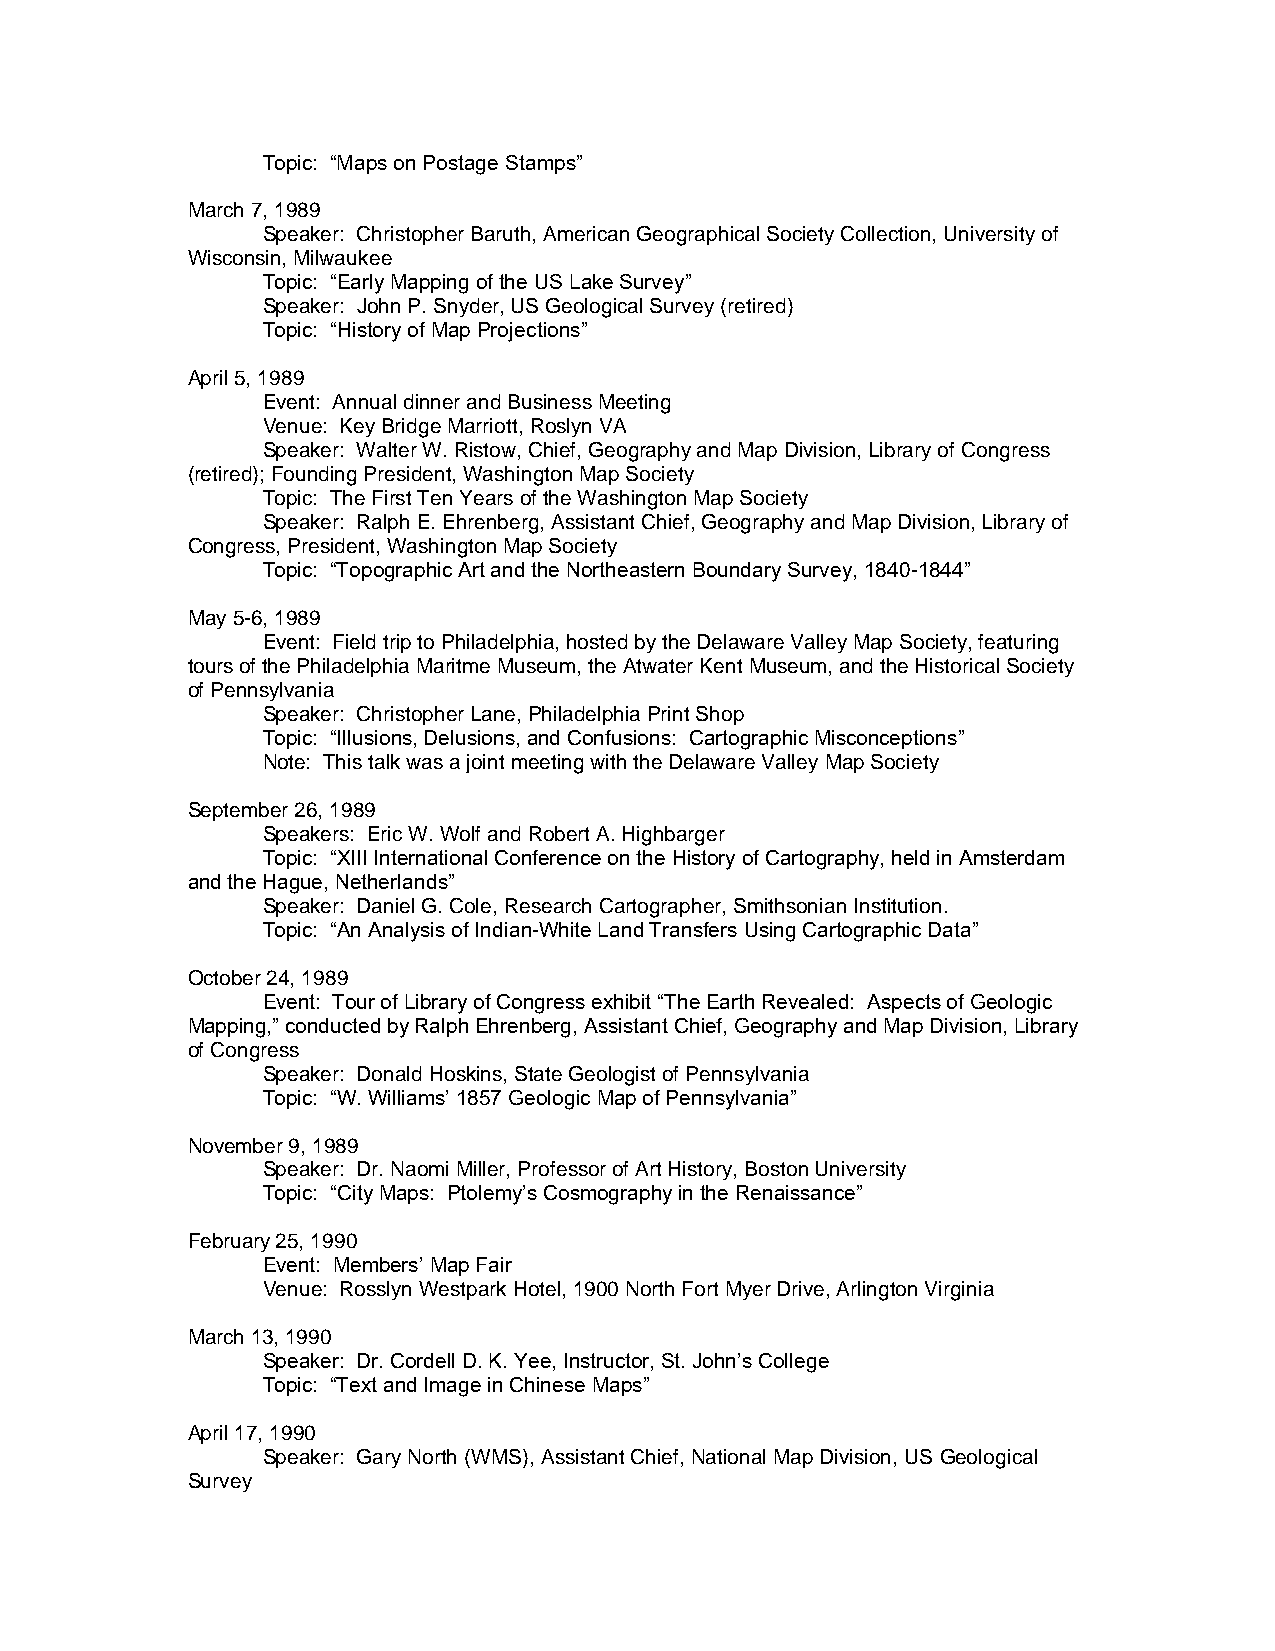
Topic: “Maps on Postage Stamps”
 March 7, 1989
 Speaker: Christopher Baruth, American Geographical Society Collection, University of
 Wisconsin, Milwaukee
 Topic: “Early Mapping of the US Lake Survey”
 Speaker: John P. Snyder, US Geological Survey (retired)
 Topic: “History of Map Projections”
 April 5, 1989
 Event: Annual dinner and Business Meeting
 Venue: Key Bridge Marriott, Roslyn VA
 Speaker: Walter W. Ristow, Chief, Geography and Map Division, Library of Congress
 (retired); Founding President, Washington Map Society
 Topic: The First Ten Years of the Washington Map Society
 Speaker: Ralph E. Ehrenberg, Assistant Chief, Geography and Map Division, Library of
 Congress, President, Washington Map Society
 Topic: “Topographic Art and the Northeastern Boundary Survey, 1840-1844”
 May 5-6, 1989
 Event: Field trip to Philadelphia, hosted by the Delaware Valley Map Society, featuring
 tours of the Philadelphia Maritme Museum, the Atwater Kent Museum, and the Historical Society
 of Pennsylvania
 Speaker: Christopher Lane, Philadelphia Print Shop
 Topic: “Illusions, Delusions, and Confusions: Cartographic Misconceptions”
 Note: This talk was a joint meeting with the Delaware Valley Map Society
 September 26, 1989
 Speakers: Eric W. Wolf and Robert A. Highbarger
 Topic: “XIII International Conference on the History of Cartography, held in Amsterdam
 and the Hague, Netherlands”
 Speaker: Daniel G. Cole, Research Cartographer, Smithsonian Institution.
 Topic: “An Analysis of Indian-White Land Transfers Using Cartographic Data”
 October 24, 1989
 Event: Tour of Library of Congress exhibit “The Earth Revealed: Aspects of Geologic
 Mapping,” conducted by Ralph Ehrenberg, Assistant Chief, Geography and Map Division, Library
 of Congress
 Speaker: Donald Hoskins, State Geologist of Pennsylvania
 Topic: “W. Williams’ 1857 Geologic Map of Pennsylvania”
 November 9, 1989
 Speaker: Dr. Naomi Miller, Professor of Art History, Boston University
 Topic: “City Maps: Ptolemy’s Cosmography in the Renaissance”
 February 25, 1990
 Event: Members’ Map Fair
 Venue: Rosslyn Westpark Hotel, 1900 North Fort Myer Drive, Arlington Virginia
 March 13, 1990
 Speaker: Dr. Cordell D. K. Yee, Instructor, St. John’s College
 Topic: “Text and Image in Chinese Maps”
 April 17, 1990
 Speaker: Gary North (WMS), Assistant Chief, National Map Division, US Geological
 Survey